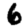
Digit: 6